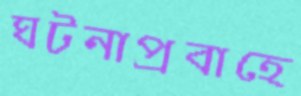
ঘটনাপ্রবাহে